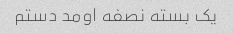
یک بسته نصفه اومد دستم